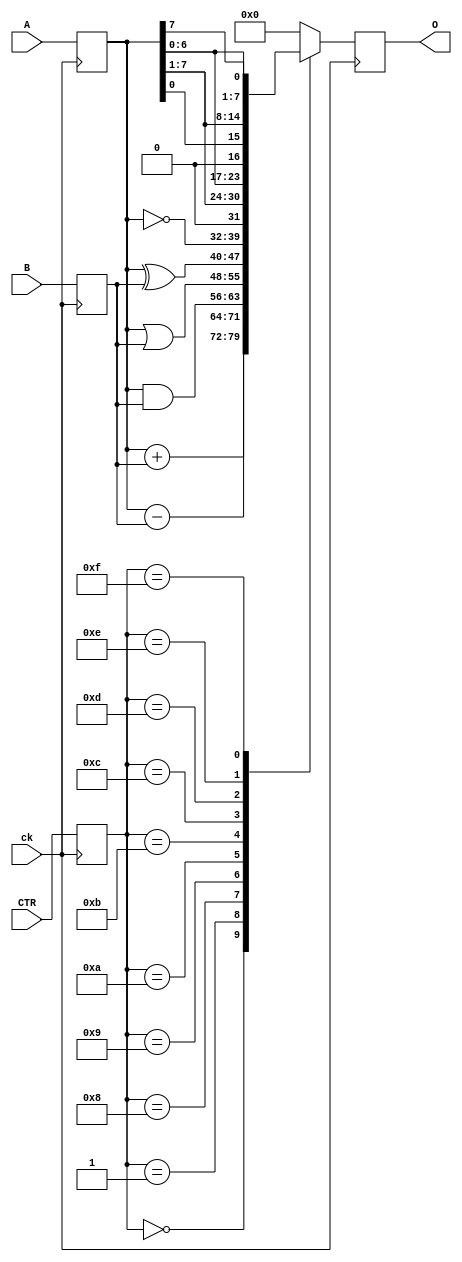
module alu (A, B, O, CTR, ck);
input [7:0] A, B;
input [3:0] CTR;
input ck;
output [7:0] O;
reg [3:0] C;
reg [7:0] INA, INB, OUT;

function [7:0] alufunc;
    input [7:0] A, B;
    input [3:0] C;

    case (C)
    'b0000: alufunc = A + B;
    'b0001: alufunc = A - B;
    'b1000: alufunc = A & B;
    'b1001: alufunc = A | B;
    'b1010: alufunc = A ^ B;
    'b1011: alufunc = ~A;
    'b1100: alufunc = A>>1;
    'b1101: alufunc = A<<1;
    'b1110: alufunc = {A[0], A[7:1]};
    'b1111: alufunc = {A[6:0], A[7]};
    default: alufunc = 8'b0;
    endcase
endfunction

always @(posedge ck) begin
    INA <= A;
    INB <= B;
    C <= CTR;
    OUT <= alufunc(INA, INB, C);
end

assign O = OUT;

endmodule